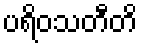
ပရိဝသတီတိ